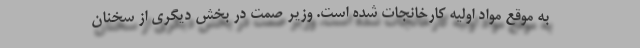
به موقع مواد اولیه کارخانجات شده است. وزیر صمت در بخش دیگری از سخنان